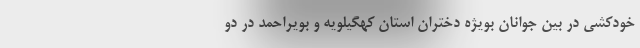
خودکشی در بین جوانان بویژه دختران استان کهگیلویه و بویراحمد در دو